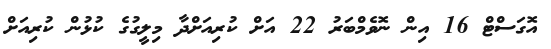
އޮގަސްޓް 16 އިން ނޮވެމްބަރު 22 އަށް ކުރިއަށްދާ މިލީގުގެ ކުޅުން ކުރިއަށް